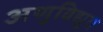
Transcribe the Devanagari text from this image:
अणुविद्युत